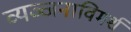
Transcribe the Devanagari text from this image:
व्यञ्जनाविमर्श